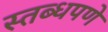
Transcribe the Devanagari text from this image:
स्तब्धपणे